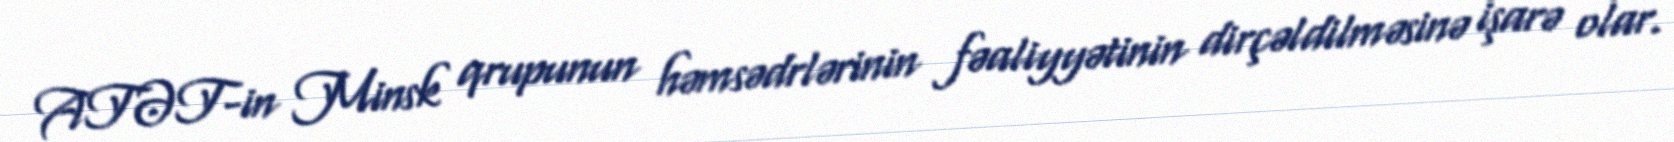
ATƏT-in Minsk qrupunun həmsədrlərinin fəaliyyətinin dirçəldilməsinə işarə olar.